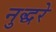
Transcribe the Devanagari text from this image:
नुद्धरे